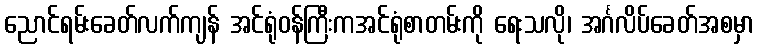
ညောင်ရမ်းခေတ်လက်ကျန် အင်ရုံဝန်ကြီးကအင်ရုံစာတမ်းကို ရေးသလို၊ အင်္ဂလိပ်ခေတ်အစမှာ